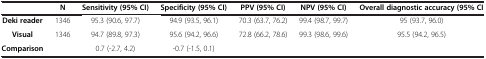
<table><thead><tr><td>[EMPTY_CELL]</td><td><b>N</b></td><td><b>Sensitivity (95% CI)</b></td><td><b>Specificity (95% CI)</b></td><td><b>PPV (95% CI)</b></td><td><b>NPV (95% CI)</b></td><td><b>Overall diagnostic accuracy (95% CI</b></td></tr></thead><tbody><tr><td><b>Deki reader</b></td><td>1346</td><td>95.3 (90.6, 97.7)</td><td>94.9 (93.5, 96.1)</td><td>70.3 (63.7, 76.2)</td><td>99.4 (98.7, 99.7)</td><td>95 (93.7, 96.0)</td></tr><tr><td><b>Visual</b></td><td>1346</td><td>94.7 (89.8, 97.3)</td><td>95.6 (94.2, 96.6)</td><td>72.8 (66.2, 78.6)</td><td>99.3 (98.6, 99.6)</td><td>95.5 (94.2, 96.5)</td></tr><tr><td><b>Comparison</b></td><td>[EMPTY_CELL]</td><td>0.7 (-2.7, 4.2)</td><td>-0.7 (-1.5, 0.1)</td><td>[EMPTY_CELL]</td><td>[EMPTY_CELL]</td><td>[EMPTY_CELL]</td></tr></tbody></table>